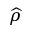
\widehat { \rho }